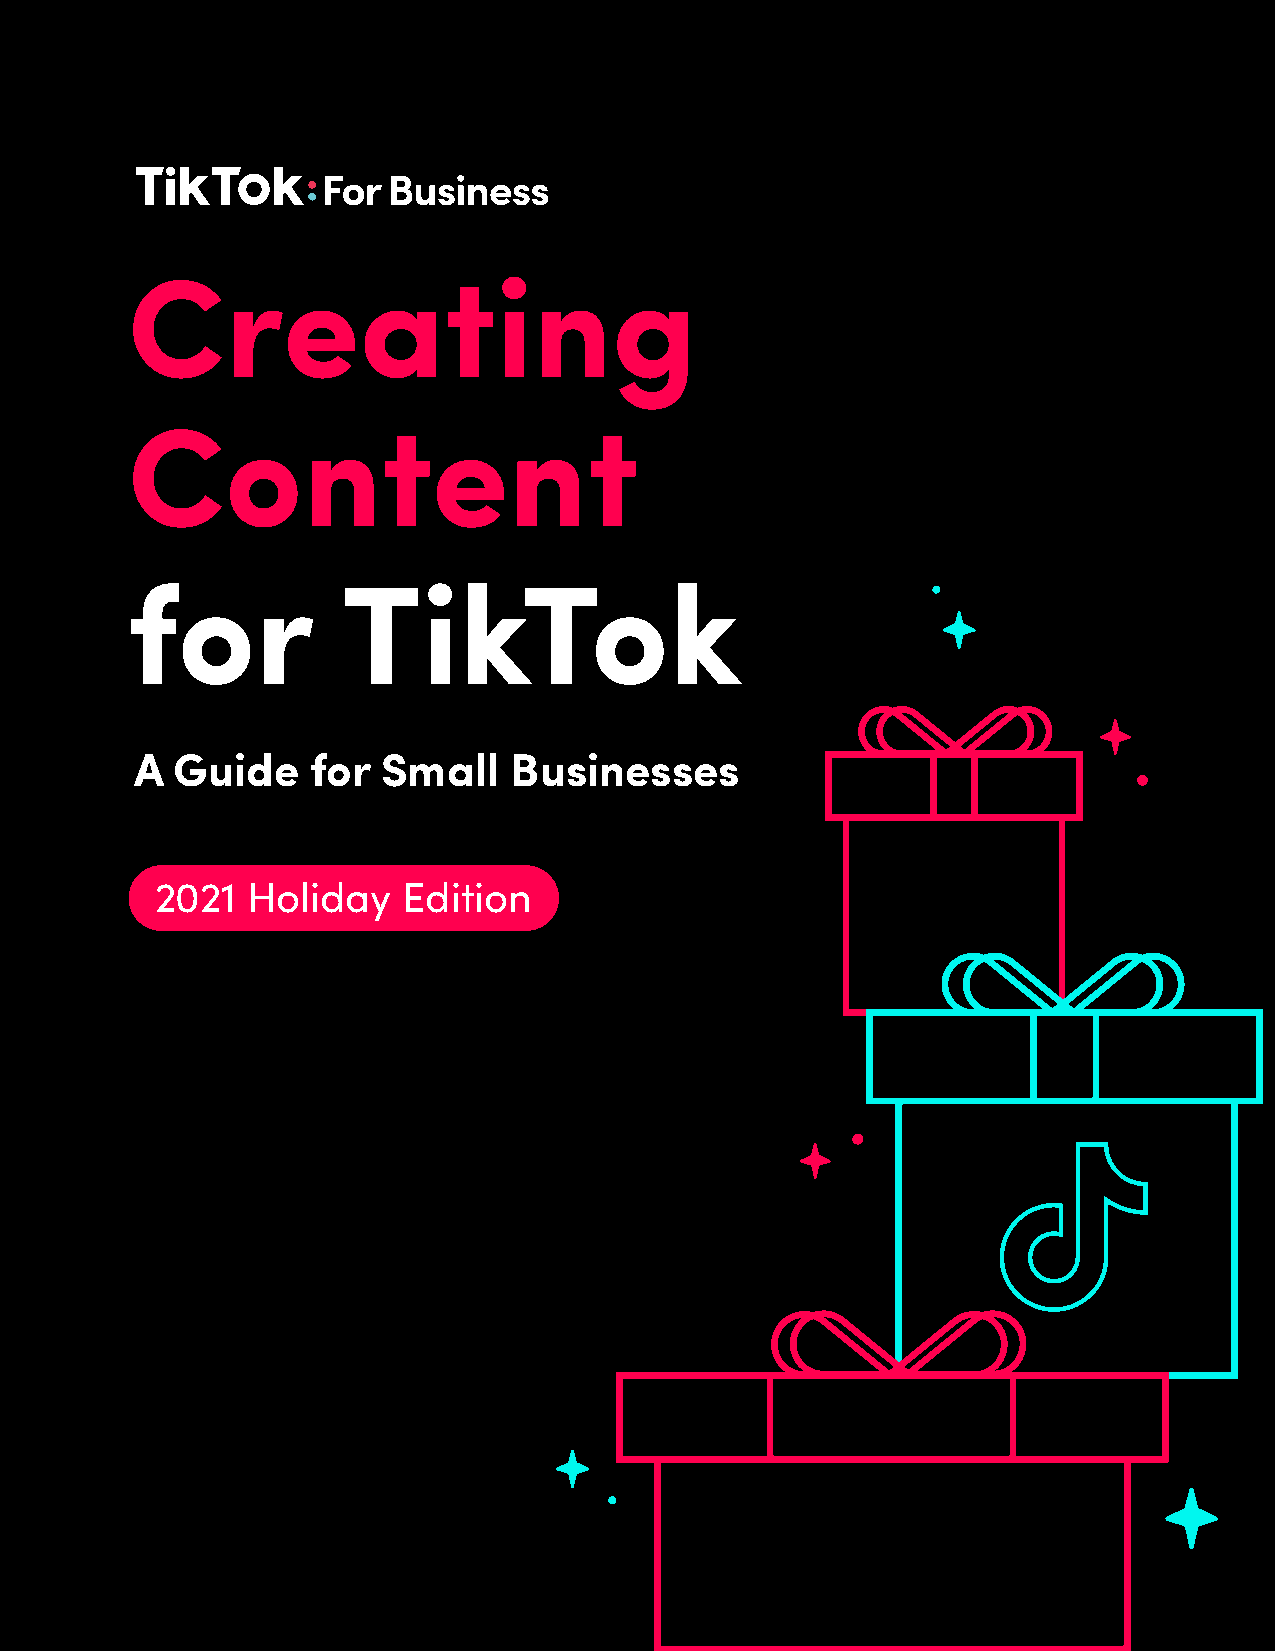
Creating
 Content
 for            TikTok
 A Guide    for  Small    Businesses
 2021  Holiday    Edition